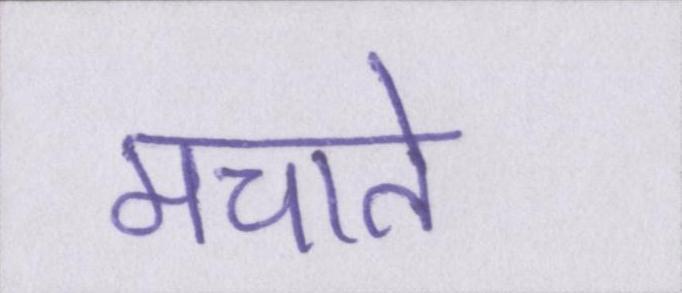
मचाते